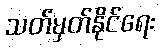
သတ်မှတ်နိုင်ရေး